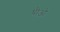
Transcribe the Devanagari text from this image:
थ़ीओ